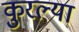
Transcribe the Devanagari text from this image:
कुरल्या